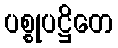
ပစ္စုပဋ္ဌိတေ